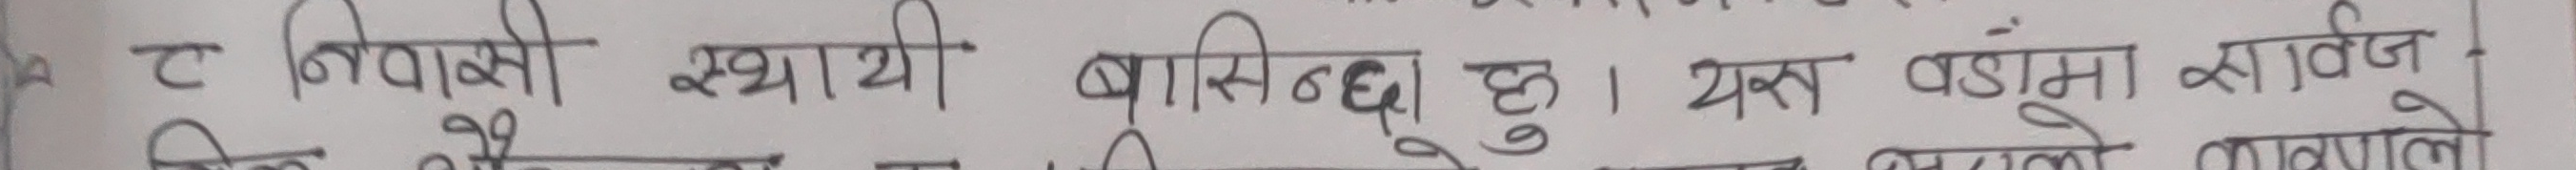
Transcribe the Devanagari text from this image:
ट निवासी स्थायी बासिन्दा हु । यस वडामा सार्वज